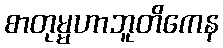
စာတုမ္မဟာဘူတိကေန